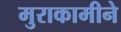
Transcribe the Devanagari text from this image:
मुराकामीने